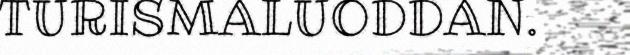
TURISMALUODDAN.